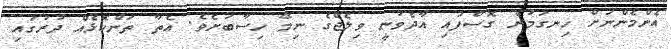
އެންމެންނަށް ހިނގަމުން ގޮސްފައި އާދެވުނީ ވިލެޖްގެ ނިމޭ ހިސާބަށެވެ. އެތާ ތަންކޮޅެއް ދުރުގައި